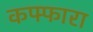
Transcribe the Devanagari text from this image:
कफ्फारा